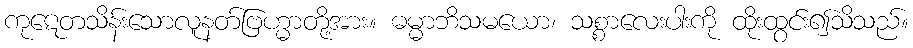
ကုဋေတသိန်းသောလူနတ်ဗြဟ္မာတို့အား။ ဓမ္မာဘိသမယော၊ သစ္စာလေးပါးကို ထိုးထွင်း၍သိသည်။